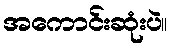
အကောင်းဆုံးပဲ။